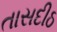
તાસદીઠ